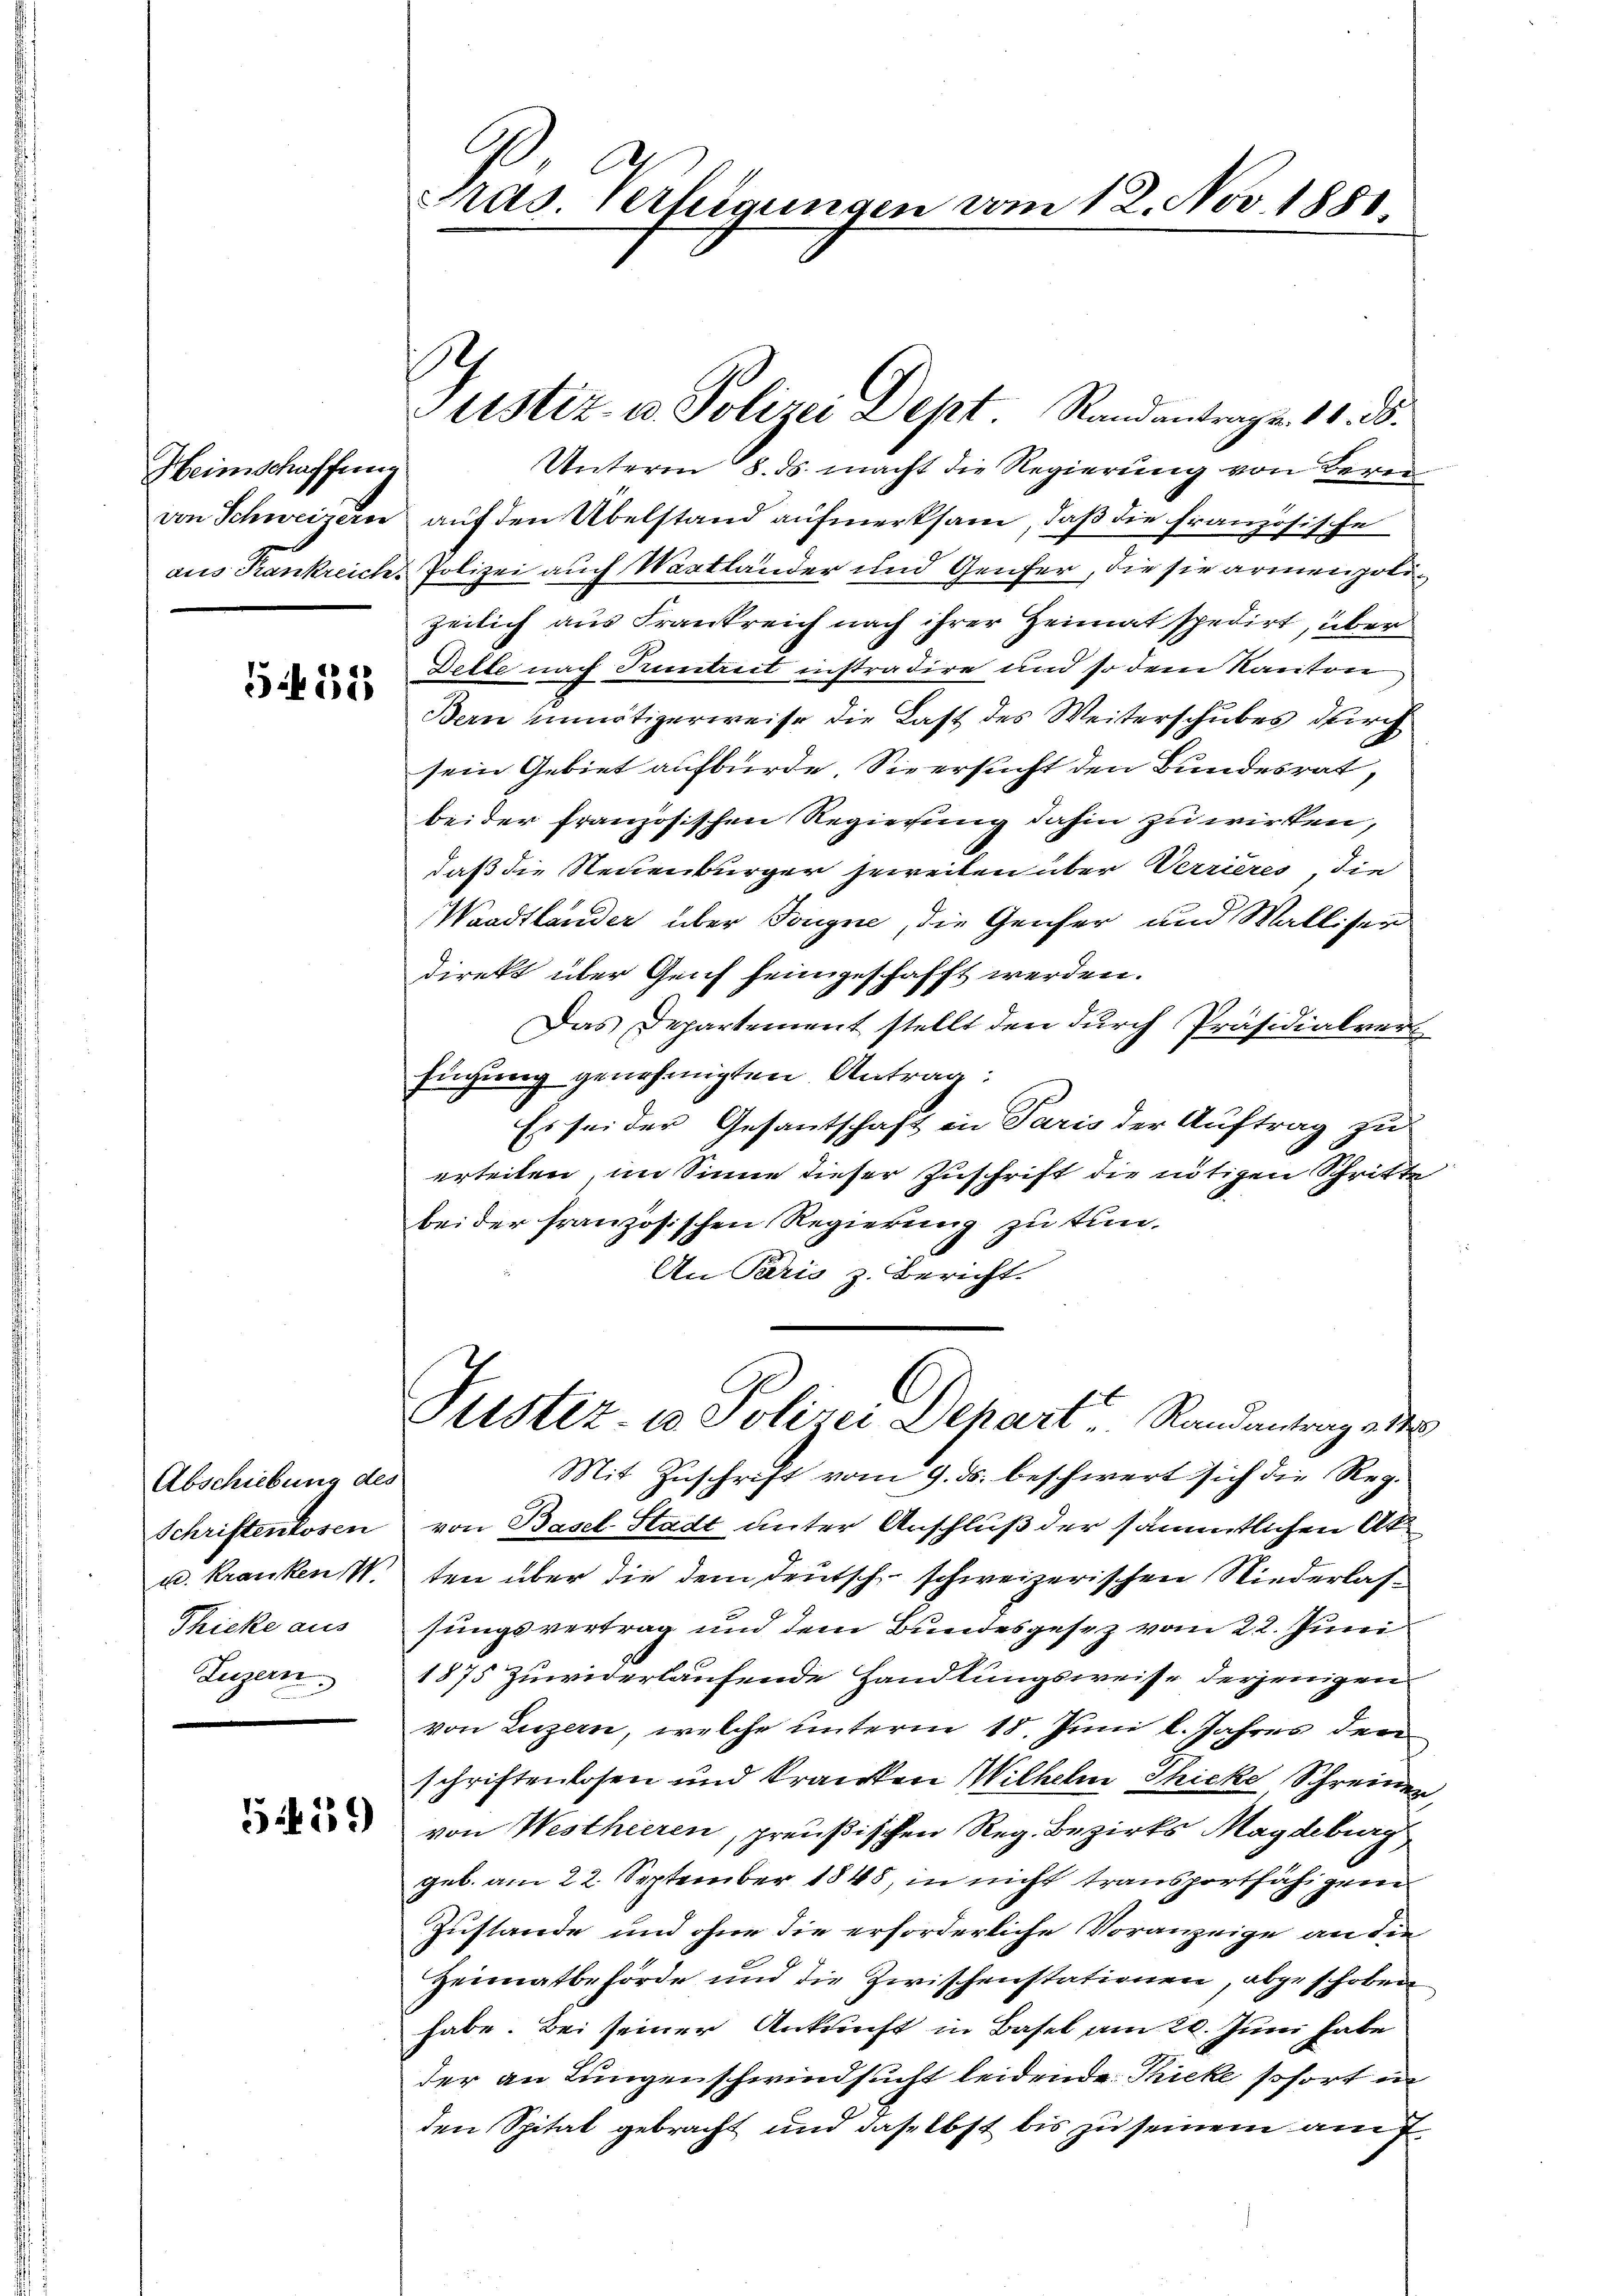
Heimschaffung
von Schweizern
aus Krankreich.

512

Abschiebung des
Schriftenlosen
u. Kranken W
Thicke aus
Luzern

5459

C
2
Pras. Verhigungen vom 12. Nov. 1881.

9
ustiz- u. Polizei Dept, Randantrage. 11. d.

Unterm 8. ds. macht die Regierung von Bern
auf den Übelstand aufmerksam, daß die französische
Polizei auch Wartländer und Genfer, die sie armen polizeilich aus Frankreich nach ihrer Heimat spedirt, über
Delle nach Truntreit instradire und so dem Kanton
Bern unnötigerweise die Last des Weiterschubes durch
sein Gebiet aufbürde Sie ersucht den Bundesrat,
beider französischen Regierung dahin zu wirken,
daß die Steuenburger jeweiten über Verrieres, die
Waadtländer über Tongne, die Genfer und Walliser
direkt über Genf feingeschafft werden.
Das Departement stellt den durch Präsidialver
fügung genehmigten Antrag:
Es sei der Gesantschaft in Paris der Auftrag zu
erteilen, im Sinne dieser Zuschrift die nötigen Schritte
bei der französischen Regierung zu tun.
An Paris z. Bericht.
Puster- u Polizei Depart, Randantrag od
Mit Zuschrift vom 9. ds. beschwert sich die Reg.
von Basel Stadt unter Anschluß der sämmtlichen Akten über die dem deutsch schweizerischen Niederlassungsvertrag und dem Bundesgesez vom 22. Juni
1875 Zuwiderlaufende Handlungsweise derjenigen
von Luzern, welche unterm 18. Juni l. Jahres den
schriftenlosen und kranken Wilhelm Thieke Schreiner,
von Westhieren, preußischen Reg. Bezirks Magdeburg
geb. am 22. September 1845, in nicht transportfähigeren
Zustande und ohne die erforderliche Voranzeige an die
Heimatbehörde und die Zwischenstationen, abgeschoben
habe. Bei seiner Ankunft in Basel am 20. Juni habe
der an Lungenschwindsucht leidende Thieke sofort in
den Spital gebracht und daselbst bis zu seinem auf¬